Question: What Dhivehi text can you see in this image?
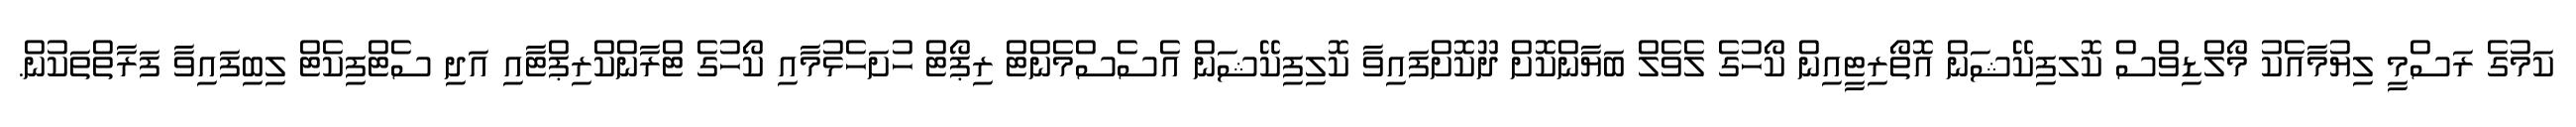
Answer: ކަމުގެ ރަސްމީ ލިޔުމާއެކު މޯލްޑިވްސް ކޮލފިކޭޝަން އޮތޯރިޓީއިން ކޯހުގެ ލެވެލް ބަޔާންކޮށް ދޫކޮށްފައިވާ ކޮލިފިކޭޝަން އެސެސްމެންޓް ރިޕޯޓް ހުށަހެޅުމާއި ކޯހުގެ ޓްރާންކްރިޕްޓާއި އަދި ސެޓްފިކެޓް ލިބިފައިވާ ފަރާތްތަކުން.